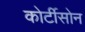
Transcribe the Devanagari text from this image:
कोर्टीसोन